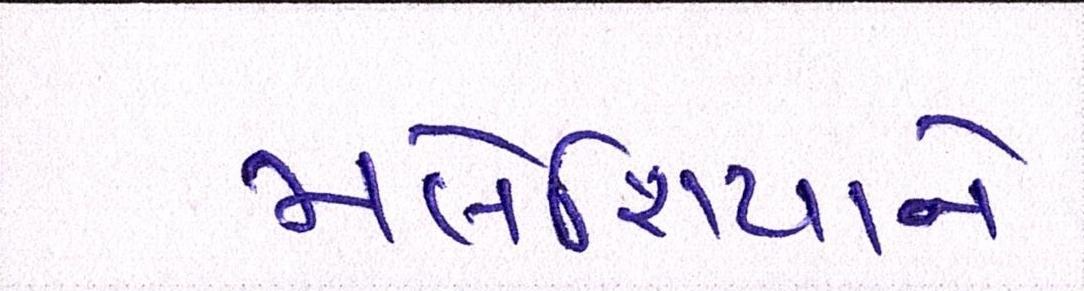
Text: મલેશિયાને